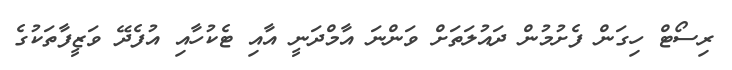
ރިސޯޓް ހިގަން ފެށުމުން ދައުލަތަށް ވަންނަ އާމްދަނީ އާއި ޓެކުހާއި އުފެދޭ ވަޒީފާތަކުގެ